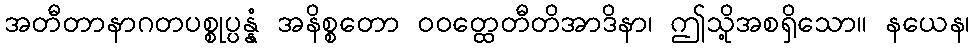
အတီတာနာဂတပစ္စုပ္ပန္နံ အနိစ္စတော ဝဝတ္ထေတီတိအာဒိနာ၊ ဤသို့အစရှိသော။ နယေန၊